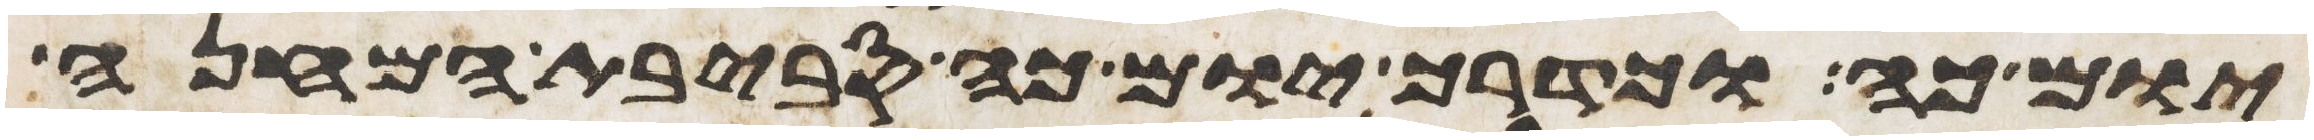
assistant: יום כה וכדרך יום כה סביבת המחנה